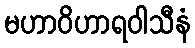
မဟာဝိဟာရဝါသီနံ